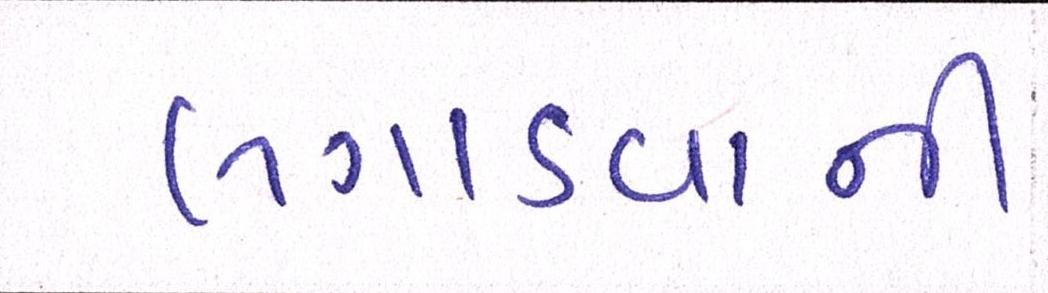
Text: લગાડવાની